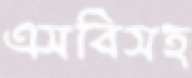
এসবিসহ